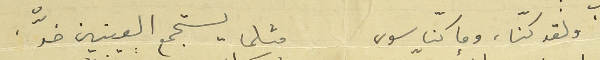
" ولقد كنّا، وما كنّا سوى        مثلما يستجمع العينين ضدّ